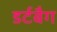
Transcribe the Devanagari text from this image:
डर्टबैग